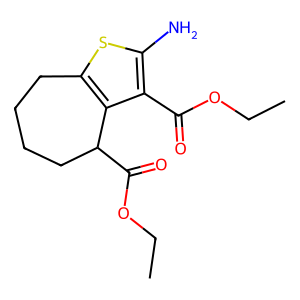
SMILES: CCOC(=O)c1c(N)sc2c1C(C(=O)OCC)CCCC2
Inhibits HIV replication: No